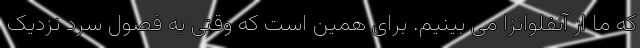
که ما از آنفلوانزا می بینیم. برای همین است که وقتی به فصول سرد نزدیک